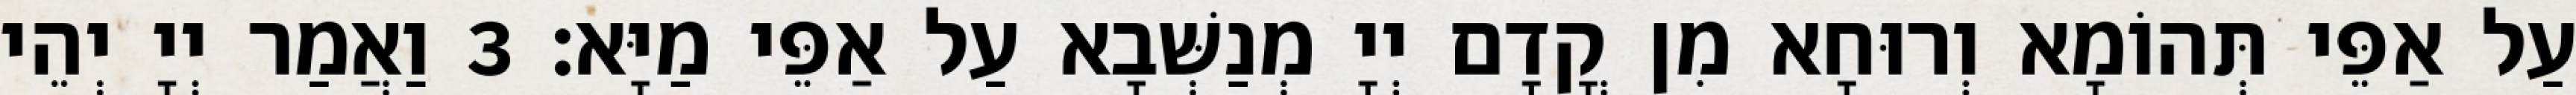
עַל אַפֵּי תְּהוֹמָא וְרוּחָא מִן קֳדָם יְיָ מְנַשְּׁבָא עַל אַפֵּי מַיָּא׃ 3 וַאֲמַר יְיָ יְהֵי